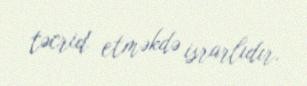
təcrid etməkdə israrlıdır.